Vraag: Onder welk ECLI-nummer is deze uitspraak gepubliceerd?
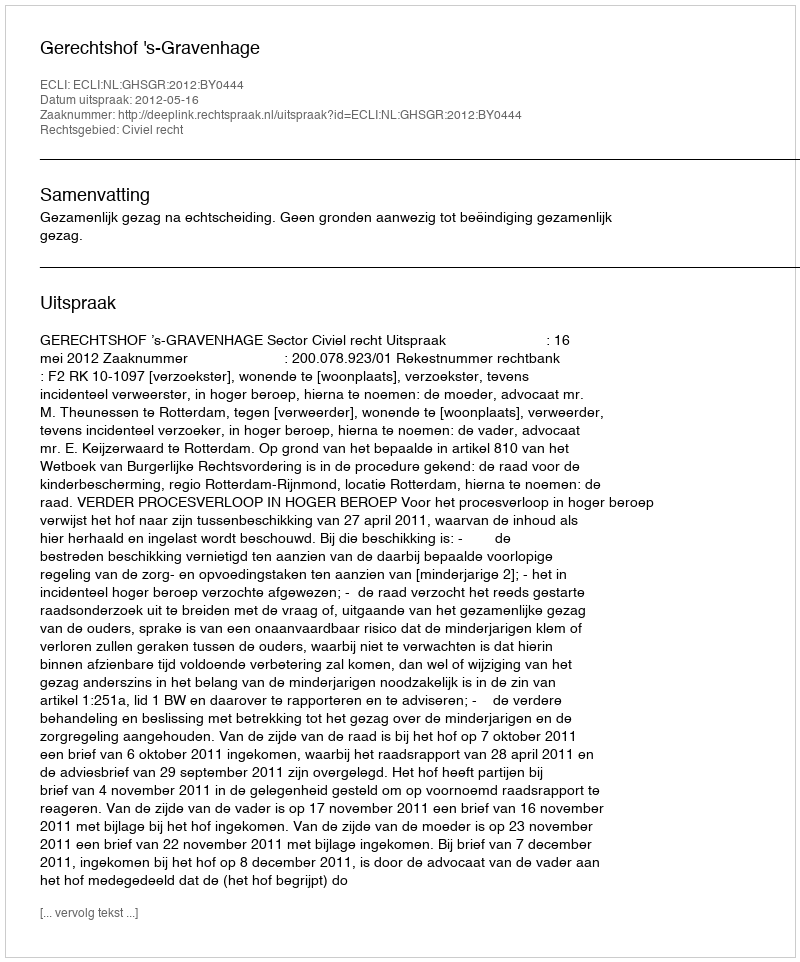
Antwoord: ECLI:NL:GHSGR:2012:BY0444